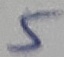
Text: 5